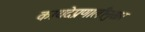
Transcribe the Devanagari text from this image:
कायदेप्रणालीनुसार